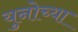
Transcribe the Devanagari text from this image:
युनोच्या